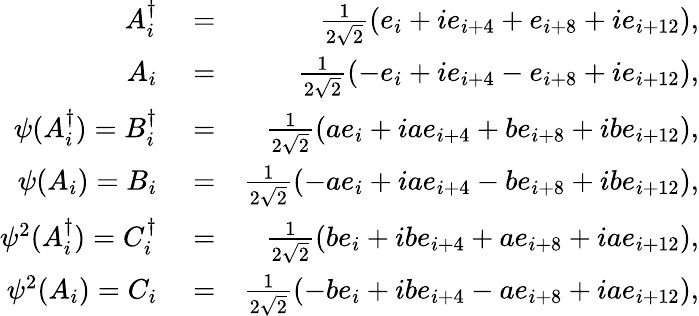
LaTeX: \begin{array}{rlr}{A_{i}^{\dagger}}&{{}=}&{\frac{1}{2\sqrt{2}}(e_{i}+ie_{i+4}+e_{i+8}+ie_{i+12}),}\\ {A_{i}}&{{}=}&{\frac{1}{2\sqrt{2}}(-e_{i}+ie_{i+4}-e_{i+8}+ie_{i+12}),}\\ {\psi(A_{i}^{\dagger})=B_{i}^{\dagger}}&{{}=}&{\frac{1}{2\sqrt{2}}(ae_{i}+iae_{i+4}+be_{i+8}+ibe_{i+12}),}\\ {\psi(A_{i})=B_{i}}&{{}=}&{\frac{1}{2\sqrt{2}}(-ae_{i}+iae_{i+4}-be_{i+8}+ibe_{i+12}),}\\ {\psi^{2}(A_{i}^{\dagger})=C_{i}^{\dagger}}&{{}=}&{\frac{1}{2\sqrt{2}}(be_{i}+ibe_{i+4}+ae_{i+8}+iae_{i+12}),}\\ {\psi^{2}(A_{i})=C_{i}}&{{}=}&{\frac{1}{2\sqrt{2}}(-be_{i}+ibe_{i+4}-ae_{i+8}+iae_{i+12}),}\end{array}